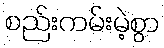
စည်းကမ်းမဲ့စွာ